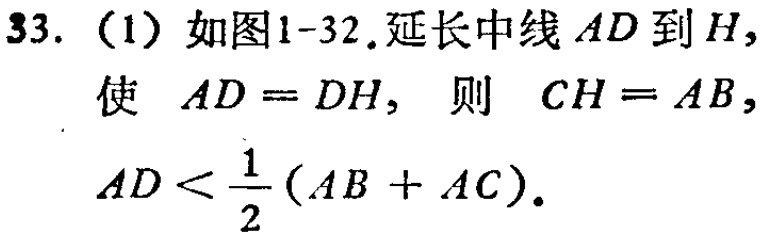
33.（1）如图1-32.延长中线\(AD\)到\(H\)，使 \(AD = DH\)，则 \(CH = AB\)，\(AD < \frac{1}{2}(AB + AC)\).